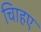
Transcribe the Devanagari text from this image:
चािहए